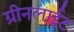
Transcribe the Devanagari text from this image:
ग्रीनलाईट